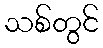
သစ်တွင်